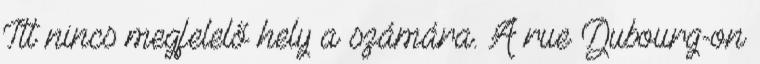
Itt nincs megfelelő hely a számára. A rue Dubourg-on